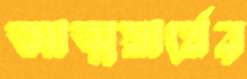
আত্মস্বার্থের